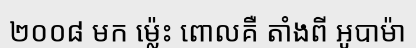
២០០៨ មក ម្ល៉េះ ពោលគឺ តាំងពី អូបាម៉ា